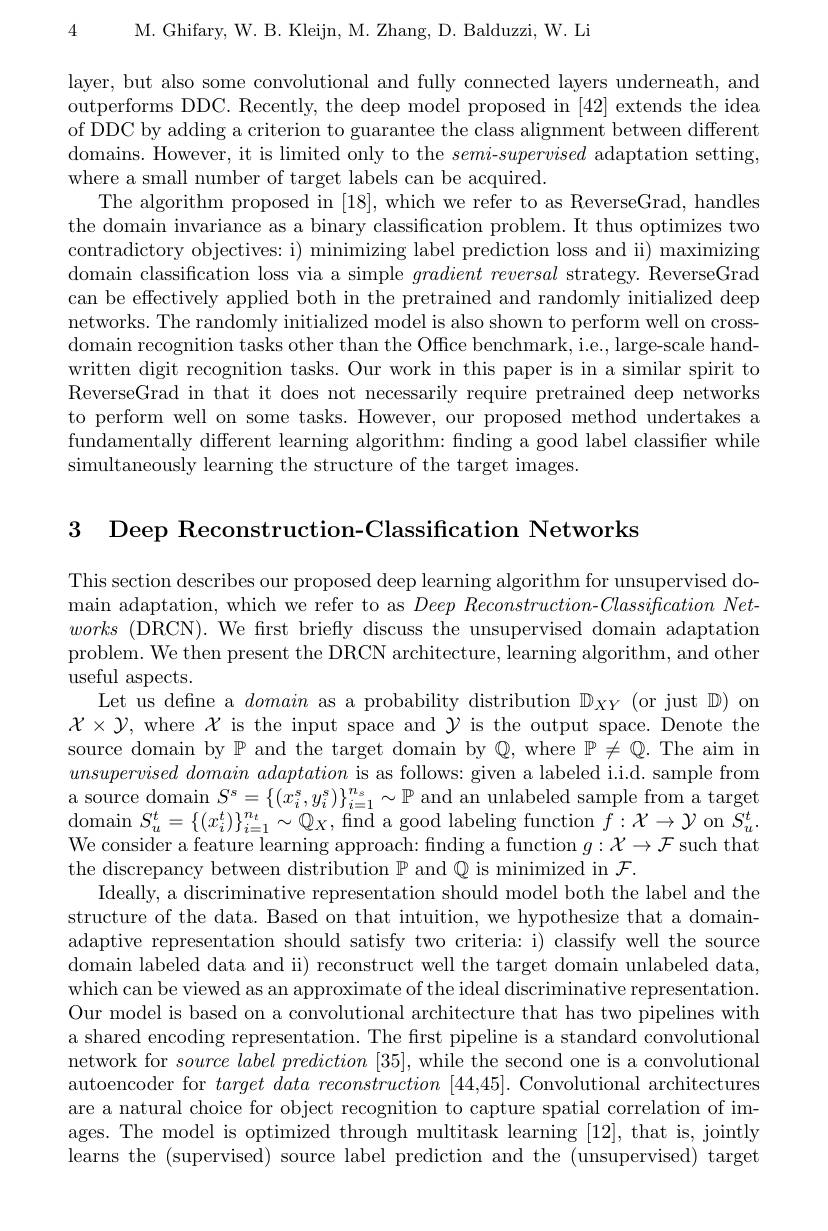
4 M. Ghifary, W. B. Kleijn, M. Zhang, D. Balduzzi, W. Li

layer, but also some convolutional and fully connected layers underneath, and outperforms DDC. Recently, the deep model proposed in [42] extends the idea of DDC by adding a criterion to guarantee the class alignment between different domains. However, it is limited only to the $semi-supervised$ adaptation setting, where a small number of target labels can be acquired
The algorithm proposed in [18],which we refer to as ReverseGrad, handles the domain invariance as a binary classification problem. It thus optimizes two contradictory objectives: i) minimizing label prediction loss and ii) maximizing domain classification loss via a simple $gradient\textit{reversal strategy. ReverseGrad}$ can be effectively applied both in the pretrained and randomly initialized deep networks. The randomly initialized model is also shown to perform well on crossdomain recognition tasks other than the Office benchmark, i.e., large-scale handwritten digit recognition tasks. Our work in this paper is in a similar spirit to ReverseGrad in that it does not necessarily require pretrained deep networks to perform well on some tasks. However, our proposed method undertakes a fundamentally different learning algorithm: finding a good label classifier while simultaneously learning the structure of the target images.

3 Deep Reconstruction-Classification Networks

This section describes our proposed deep learning algorithm for unsupervised domain adaptation, which we refer to as $Deep\textit{Reconstruction- Classification Net- }$ $works~($DRCN). We frst briefly discuss the unsupervised domain adaptation problem. We then present the DRCN architecture, learning algorithm, and other

useful aspects.
$\begin{array}{c}{\mathrm{Let~us~define~a~domain~as~a~probability~distribution~}\mathbb{D}_{XY}(\text{or just }\mathbb{D})~on}\\{\mathcal{X}\times\mathcal{Y},~\mathrm{where~}\mathcal{X}~\mathrm{is~the~input~space~and~}\mathcal{Y}~\mathrm{is~the~output~space.~Denote~the}}\\{\mathrm{source~domain~by~P~and~the~target~domain~by~Q,~where~P\neq~Q.~The~aim~in}}\end{array}$ unsupervised $domain\textit{ adaptation is as follows: given a labeled i. i. d. sample from}$ a source domain $S^{s}= \{ ( x_{i}^{s}, y_{i}^{s}) \} _{i= 1}^{n_{s}}\sim \mathbb{P}$ and an unlabeled sample from a target $\operatorname*{domain}S_{u}^{t}=\{(x_{i}^{t})\}_{i=1}^{n_{t}}\sim\mathbb{Q}_{X}$,find a good labeling function $\bar{f}:\mathcal{X}\to\mathcal{Y}$ on $\bar{S}_{u}^{t}.$ We consider a feature learning approach: finding a function $g:\mathcal{X}\to\mathcal{F}$ such that the discrepancy between distribution $\mathbb{P}$ and $\mathbb{Q}$ is minimized in $\mathcal{F}.$
Ideally, a discriminative representation should model both the label and the structure of the data. Based on that intuition, we hypothesize that a domainadaptive representation should satisfy two criteria: i) classify well the source domain labeled data and ii) reconstruct well the target domain unlabeled data, which can be viewed as an approximate of the ideal discriminative representation. Our model is based on a convolutional architecture that has two pipelines with a shared encoding representation. The first pipeline is a standard convolutional network for $source\textit{label prediction [ 35] , while the second one is a convolutional}$ autoencoder for target $data\textit{ reconstruction }[ 44, 45] .$ Convolutional architectures are a natural choice for object recognition to capture spatial correlation of images. The model is optimized through multitask learning [12], that is, jointly learns the (supervised) source label prediction and the (unsupervised) target